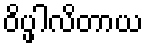
ဝိပ္ဖါလိတာယ